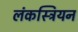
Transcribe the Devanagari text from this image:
लंकस्त्रियन